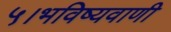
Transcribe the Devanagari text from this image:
५।भविष्यवाणी